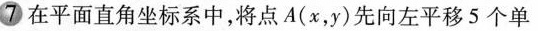
7 在平面直角坐标系中，将点A(x，y)先向左平移5个单